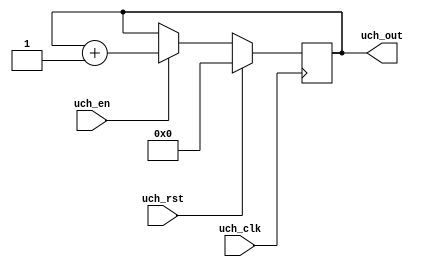
`timescale 1ns / 1ps
//////////////////////////////////////////////////////////////////////////////////
// Company: 
// Engineer: 
// 
// Design Name: 
// Module Name: uch
// Project Name: 
// Target Devices: 
// Tool Versions: 
// Description: 
// 
// Dependencies: 
// 
// Revision:
// Revision 0.01 - File Created
// Additional Comments:
// 
//////////////////////////////////////////////////////////////////////////////////


module uch(
    input uch_clk,
    input uch_rst,
    input uch_en,
    output reg [3:0] uch_out
    );
    
 initial
    uch_out = 0;
always@(posedge uch_clk) begin:UCH_OP
    if(uch_rst) uch_out<= 0;
    else if (uch_en) uch_out <= uch_out+1;
    
    
end
endmodule